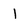
Character: 1